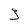
Character: 3